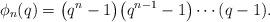
LaTeX: \begin{gather*}\phi_n(q) = \big(q^n-1\big)\big(q^{n-1}-1\big)\cdots (q-1) .\end{gather*}